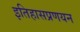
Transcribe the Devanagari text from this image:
इतिहासप्रणयन